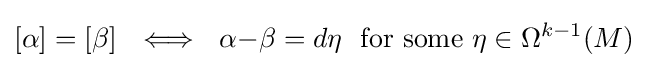
[\alpha ]=[\beta ]\ \ \Longleftrightarrow \ \ \alpha {-}\beta =d\eta \ {\text{ for some }}\eta \in \Omega ^{k-1}(M)